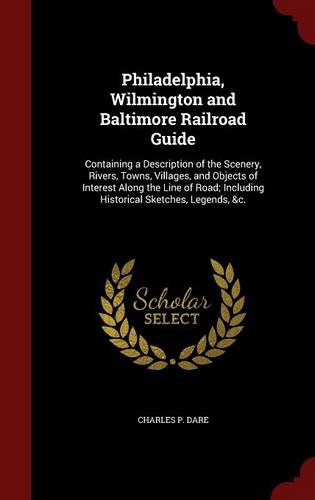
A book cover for Philadelphia, Wilmington and Baltimore Railroad Guide: Containing a Description of the Scenery, Rivers, Towns, Villages, and Objects of Interest Along ... Including Historical Sketches, Legends, &c.; Charles P. Dare; Travel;